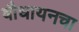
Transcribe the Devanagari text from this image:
बौधायनचा